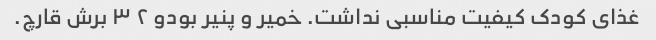
غذای کودک کیفیت مناسبی نداشت. خمیر و پنیر بودو ۲ ۳ برش قارچ.